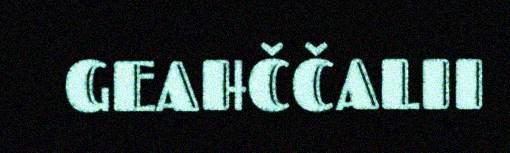
GEAHČČALII